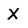
Character: X